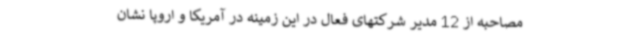
مصاحبه از 12 مدیر شرکتهای فعال در این زمینه در آمریکا و اروپا نشان